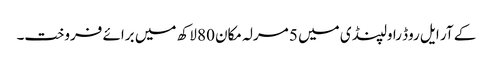
کے آر ایل روڈ راولپنڈی میں 5 مرلہ مکان 80 لاکھ میں برائے فروخت۔